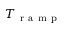
T _ { \mathrm { ~ r ~ a ~ m ~ p ~ } }